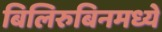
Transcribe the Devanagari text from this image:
बिलिरुबिनमध्ये